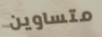
متساوين